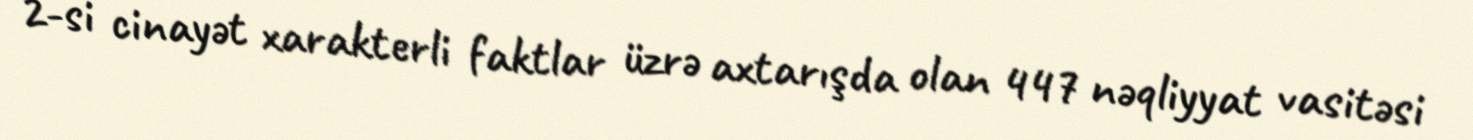
2-si cinayət xarakterli faktlar üzrə axtarışda olan 447 nəqliyyat vasitəsi